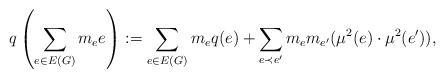
\begin{align*}q\left( \sum_{e\in E(G)} m_e e\right):=\sum_{e\in E(G)} m_e q(e)+\sum_{e\prec e^{\prime}} m_e m_{e^{\prime}} (\mu^2(e)\cdot \mu^2(e^{\prime})),\end{align*}